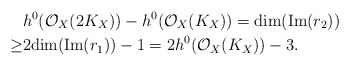
\begin{align*}& h^0(\mathcal{O}_X(2K_X))-h^0(\mathcal{O}_X(K_X))= {\rm dim}({\rm Im}(r_2)) \\\ge& 2{\rm dim}({\rm Im}(r_1))-1=2h^0(\mathcal{O}_X(K_X))-3.\end{align*}